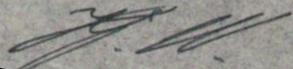
Hj.W.